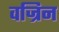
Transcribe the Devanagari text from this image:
वज्रिन